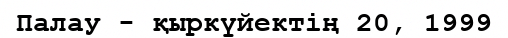
Палау - қыркүйектің 20, 1999